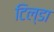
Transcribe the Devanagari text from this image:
टिल्डा